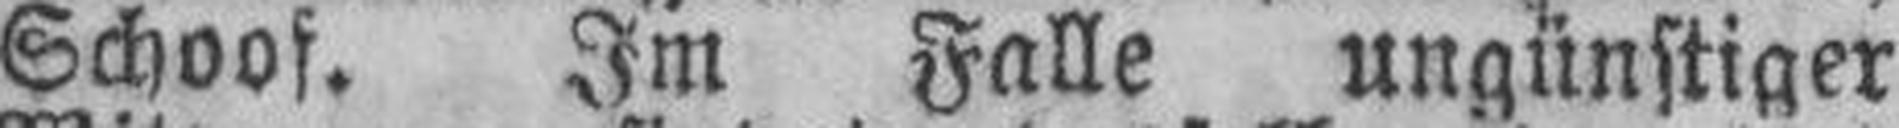
Schoof. Im Falle ungünstiger